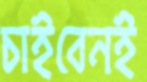
চাইবেনই